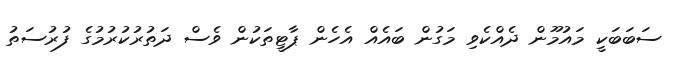
ސަބަބަކީ މައުމޫން ދެއްކެވި މަގުން ބައެއް އެހެން ޕާޓީތަކުން ވެސް ދަތުރުކުރުމުގެ ފުރުސަތު